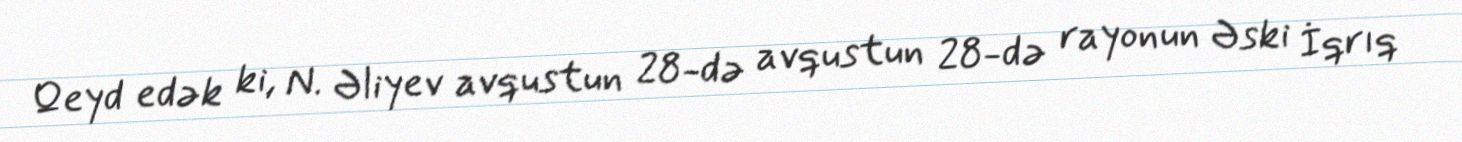
Qeyd edək ki, N. Əliyev avqustun 28-də avqustun 28-də rayonun Əski İqrıq